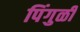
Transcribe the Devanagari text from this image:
पिंगुळी